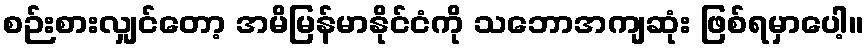
စဉ်းစားလျှင်တော့ အမိမြန်မာနိုင်ငံကို သဘောအကျဆုံး ဖြစ်ရမှာပေါ့။